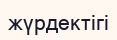
жүрдектігі